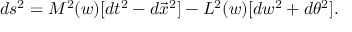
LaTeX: d s ^ { 2 } = M ^ { 2 } ( w ) [ d t ^ { 2 } - d \vec { x } ^ { 2 } ] - L ^ { 2 } ( w ) [ d w ^ { 2 } + d \theta ^ { 2 } ] .